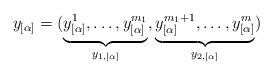
LaTeX: \begin{align*}y_{[\alpha]} & =(\underbrace{y_{[\alpha]}^{1},\ldots,y_{[\alpha]}^{m_{1}}}_{y_{1,[\alpha]}},\underbrace{y_{[\alpha]}^{m_{1}+1},\ldots,y_{[\alpha]}^{m}}_{y_{2,[\alpha]}})\end{align*}